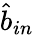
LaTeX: \hat{b}_{in}